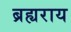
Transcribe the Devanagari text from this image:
ब्रह्यराय